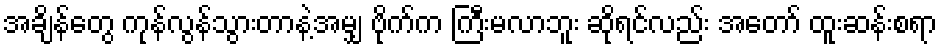
အချိန်တွေ ကုန်လွန်သွားတာနဲ့အမျှ ဗိုက်က ကြီးမလာဘူး ဆိုရင်လည်း အတော် ထူးဆန်းစရာ